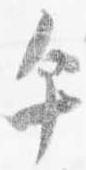
午